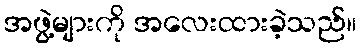
အဖွဲ့များကို အလေးထားခဲ့သည်။